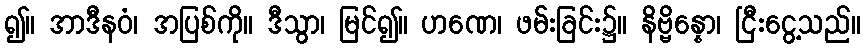
၍။ အာဒီနဝံ၊ အပြစ်ကို။ ဒီသွာ၊ မြင်၍။ ဟဏေ၊ ဖမ်းခြင်း၌။ နိဗ္ဗိန္နော၊ ငြီးငွေ့သည်။